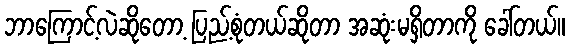
ဘာကြောင့်လဲဆိုတော့ ပြည့်စုံတယ်ဆိုတာ အဆုံးမရှိတာကို ခေါ်တယ်။